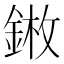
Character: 𨨦